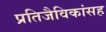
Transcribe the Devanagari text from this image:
प्रतिजैविकांसह